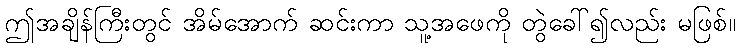
ဤအချိန်ကြီးတွင် အိမ်အောက် ဆင်းကာ သူ့အဖေကို တွဲခေါ်၍လည်း မဖြစ်။